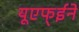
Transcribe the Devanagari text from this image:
यूएफ्ईने